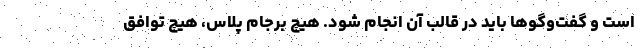
است و گفت‌وگوها باید در قالب آن انجام شود. هیچ برجام پلاس، هیچ توافق